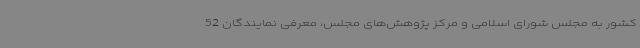
کشور به مجلس شورای اسلامی و مرکز پژوهش‌های مجلس، معرفی نمایندگان 52